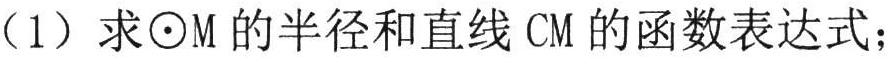
（1）求\(\odot M\)的半径和直线\(CM\)的函数表达式；